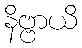
နိဗ္ဗာယိ